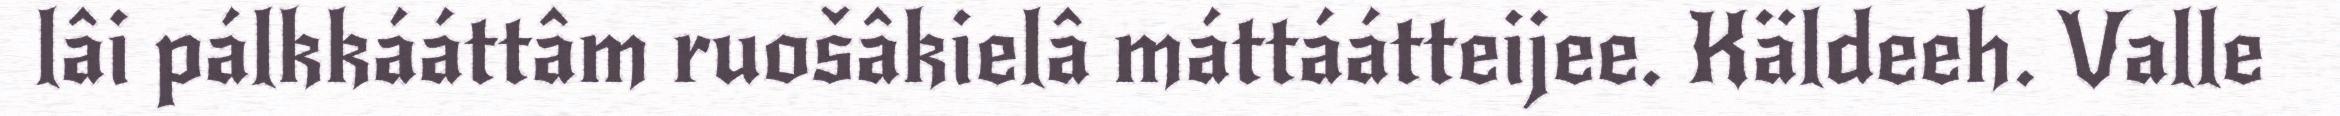
lâi pálkkááttâm ruošâkielâ máttáátteijee. Käldeeh. Valle